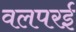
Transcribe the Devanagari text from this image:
वलपरई